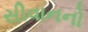
સીવાનનો